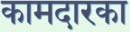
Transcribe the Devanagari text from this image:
कामदारका